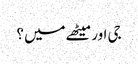
جی اور میٹھے میں ؟